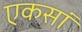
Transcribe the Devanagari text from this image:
एकसां